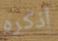
أذكره